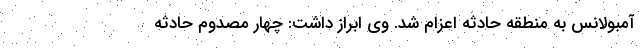
آمبولانس به منطقه حادثه اعزام شد. وی ابراز داشت: چهار مصدوم حادثه